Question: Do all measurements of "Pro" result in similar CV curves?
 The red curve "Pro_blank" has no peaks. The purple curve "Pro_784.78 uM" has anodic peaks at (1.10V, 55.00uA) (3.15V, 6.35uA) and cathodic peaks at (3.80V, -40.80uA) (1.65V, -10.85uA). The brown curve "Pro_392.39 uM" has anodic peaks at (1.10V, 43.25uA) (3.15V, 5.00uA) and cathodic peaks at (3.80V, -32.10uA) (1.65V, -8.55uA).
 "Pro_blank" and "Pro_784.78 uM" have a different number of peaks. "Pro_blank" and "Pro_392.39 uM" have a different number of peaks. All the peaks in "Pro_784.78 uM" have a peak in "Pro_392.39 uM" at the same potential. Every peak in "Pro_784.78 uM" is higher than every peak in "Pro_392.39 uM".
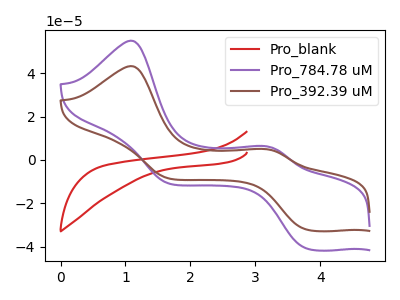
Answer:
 <answer>All the CV's of "Pro" have similar shape.</answer>
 <eval>follow_rule</eval>